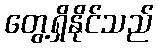
တွေ့ရှိနိုင်သည်